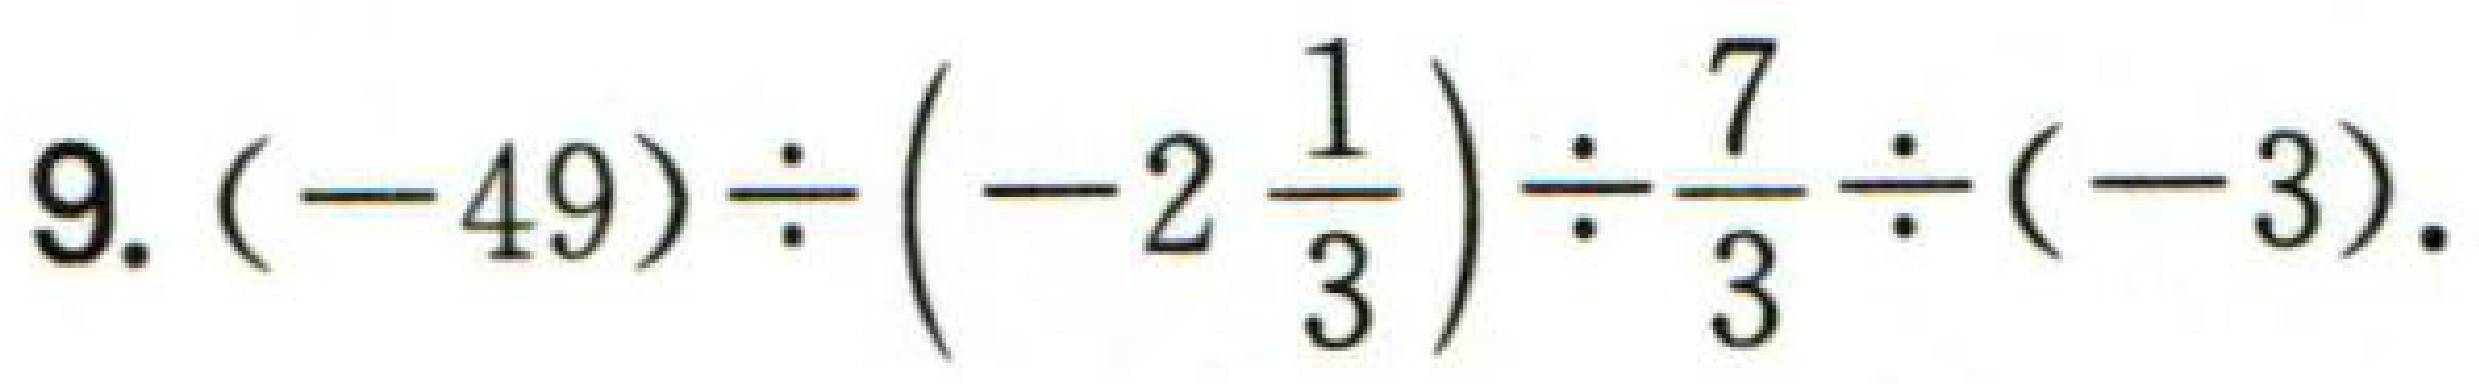
$9.(-49)\div\left(-2\frac{1}{3}\right)\div\frac{7}{3}\div(-3).$